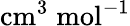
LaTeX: \mathrm{cm}^{3}\; \mathrm{mol}^{-1}